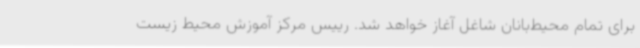
برای تمام محیط‌بانان شاغل آغاز خواهد شد. رییس مرکز آموزش محیط زیست